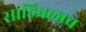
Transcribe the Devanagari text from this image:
साहिबलाच